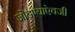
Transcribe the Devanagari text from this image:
जोडण्याऐवजी